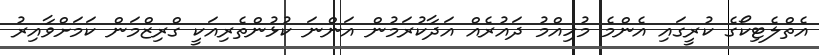
އެތްލެޓިކޯގެ ކުރީގައި އެންމެ މުހިއްމު ދައުރެއް އަދާކުރަމުން އަންނަ ކުޅުންތެރިއަކީ ގްރިޒްމަން ކަމަށްވާއިރު